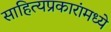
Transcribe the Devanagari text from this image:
साहित्यप्रकारांमध्ये